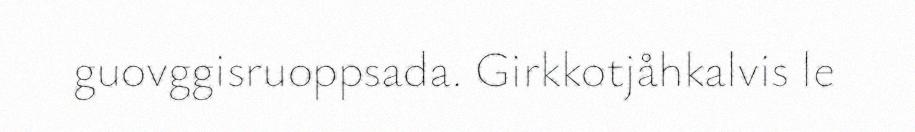
guovggisruoppsada. Girkkotjåhkalvis le